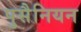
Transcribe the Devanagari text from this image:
पुसैनियन